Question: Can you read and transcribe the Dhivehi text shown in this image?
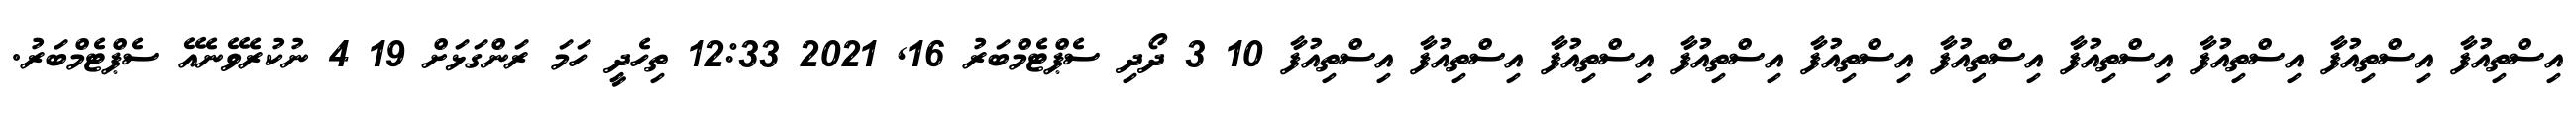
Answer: އިސްތިއުފާ އިސްތިއުފާ އިސްތިއުފާ އިސްތިއުފާ އިސްތިއުފާ އިސްތިއުފާ އިސްތިއުފާ އިސްތިއުފާ އިސްތިއުފާ އިސްތިއުފާ 10 3 ދޯދި ސެޕްޓެމްބަރު 16, 2021 12:33 ތިހެދީ ހަމަ ރަންގަޅަށް 19 4 ނުކުރެވޭނެއޭ ސެޕްޓެމްބަރު.